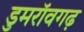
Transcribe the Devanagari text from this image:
डुमरॉवगढ़